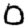
Digit: 0